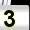
Digit: 3